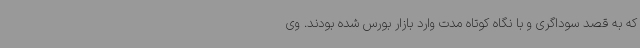
که به قصد سوداگری و با نگاه کوتاه مدت وارد بازار بورس شده بودند. وی